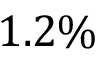
1 . 2 \%